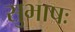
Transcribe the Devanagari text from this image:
सुभाषः